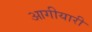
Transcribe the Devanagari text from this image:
आगीयारी